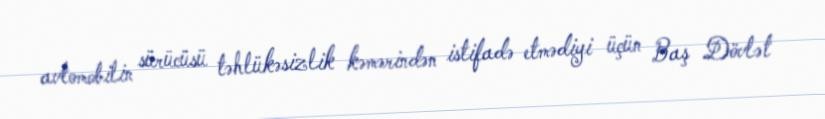
avtomobilin sürücüsü təhlükəsizlik kəmərindən istifadə etmədiyi üçün Baş Dövlət